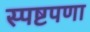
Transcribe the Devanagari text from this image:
स्पष्टपणा